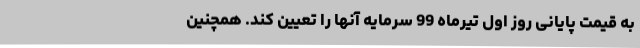
به قیمت پایانی روز اول تیرماه 99 سرمایه آنها را تعیین کند. همچنین